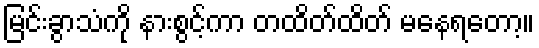
မြင်းခွာသံကို နားစွင့်ကာ တထိတ်ထိတ် မနေရတော့။